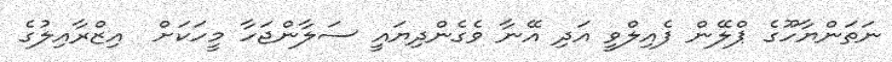
ނަތަންޔާހޫގެ ޕްލޭން ފެއިލްވީ އަދި އޭނާ ވެގެންދިޔައީ ސަލާންޖަހާ މީހަކަށް  އިޒްރާއިލުގެ